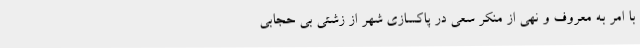
با امر به معروف و نهی از منکر سعی در پاکسازی شهر از زشتی بی حجابی